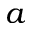
a